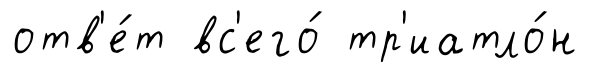
отв'е́т вс'его́ тр'иатло́н